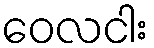
ဝေလငါး